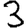
Digit: 3